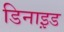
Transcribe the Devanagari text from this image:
डिनाइ़ड